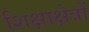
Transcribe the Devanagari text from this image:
शिक्षाक्षेत्रों